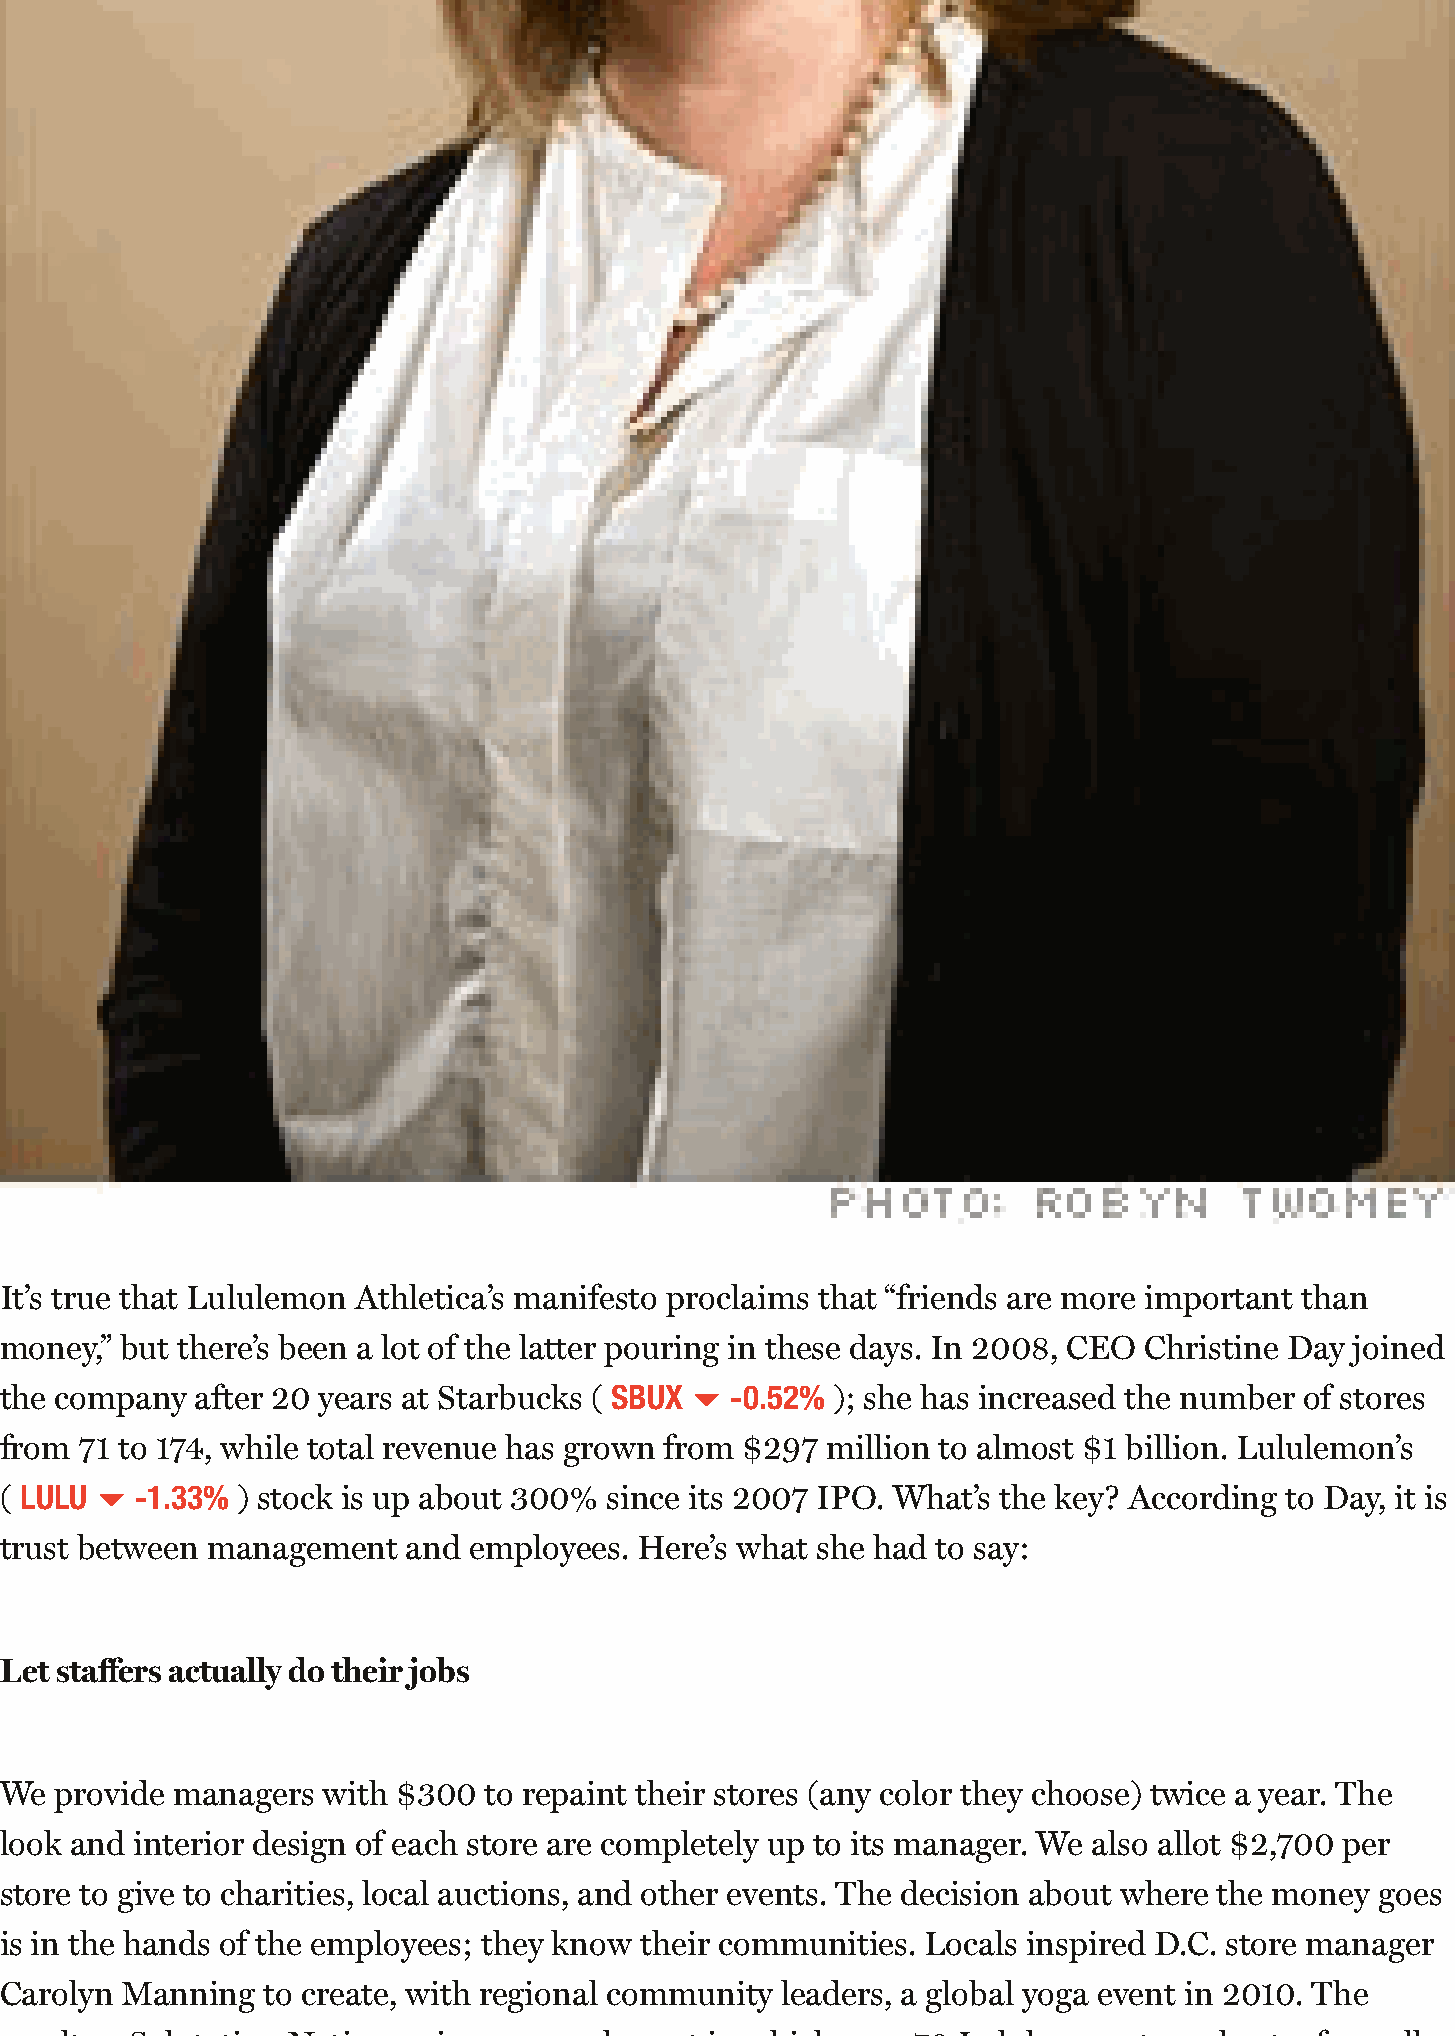
It’s true that Lululemon Athletica’s manifesto proclaims that “friends are more important than
 money,” but there’s been a lot of the latter pouring in these days. In 2008, CEO Christine Day joined
 the company  after 20 years at Starbucks ( SBUX -0.52% ); she has increased the number of stores
 from 71 to 174, while total revenue has grown from $297 million to almost $1 billion. Lululemon’s
 ( LULU   -1.33% ) stock is up about 300% since its 2007 IPO. What’s the key? According to Day, it is
 trust between management   and employees. Here’s what she had to say:
 Let staffers actually do their jobs
 We  provide managers with $300  to repaint their stores (any color they choose) twice a year. The
 look and interior design of each store are completely up to its manager. We also allot $2,700 per
 store to give to charities, local auctions, and other events. The decision about where the money goes
 is in the hands of the employees; they know their communities. Locals inspired D.C. store manager
 Carolyn Manning  to create, with regional community leaders, a global yoga event in 2010. The
 result — Salutation Nation — is an annual event in which over 70 Lululemon stores host a free, all-